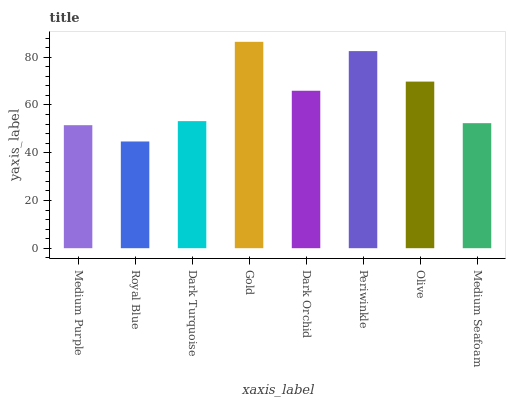
| xaxis_label | bars |
 | --- | --- |
 | Medium Purple | 51.5 |
 | Royal Blue | 44.7 |
 | Dark Turquoise | 53.2 |
 | Gold | 86.5 |
 | Dark Orchid | 66 |
 | Periwinkle | 82.6 |
 | Olive | 69.8 |
 | Medium Seafoam | 52.4 |